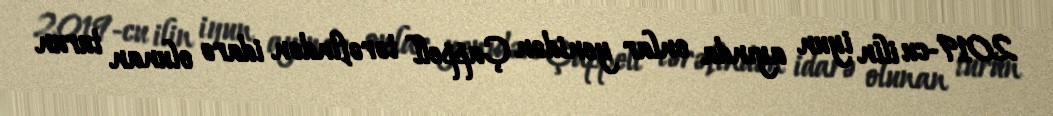
2019-cu ilin iyun ayında onlar yenidən Çappell tərəfindən idarə olunan turun